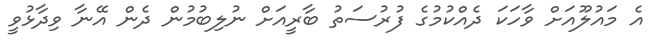
އެ މައުލޫއަށް ވާހަކަ ދެއްކުމުގެ ފުރުސަތު ބާރީއަށް ނުލިބުމުން ދެން އޭނާ ވިދާޅުވީ